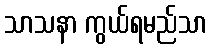
သာသနာ ကွယ်ရမည်သာ